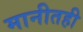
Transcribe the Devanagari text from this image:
मानीतही